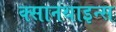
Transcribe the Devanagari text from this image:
क्सानथाइन्स